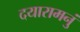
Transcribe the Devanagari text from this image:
दयारामनुं